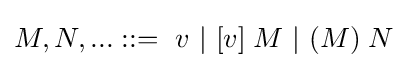
M,N,...::=\ v\ |\ [v]\;M\ |\ (M)\;N